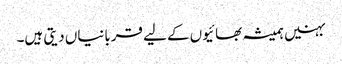
بہنیں ہمیشہ بھائیوں کے لیے قربانیاں دیتی ہیں۔